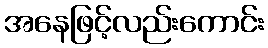
အနေဖြင့်လည်းကောင်း